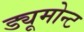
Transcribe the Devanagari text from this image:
ड्यूमोन्ट